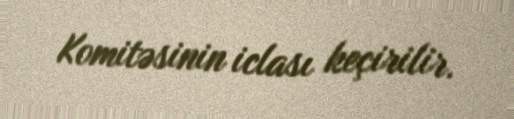
Komitəsinin iclası keçirilir.